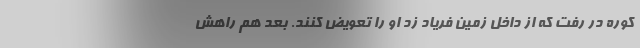
کوره در رفت که از داخل زمین فریاد زد او را تعویض کنند. بعد هم راهش